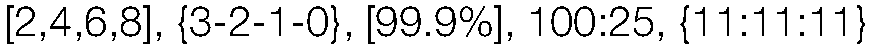
[2,4,6,8], {3-2-1-0}, [99.9%], 100:25, {11:11:11}